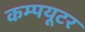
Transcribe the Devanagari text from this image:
कम्‍पयूटर